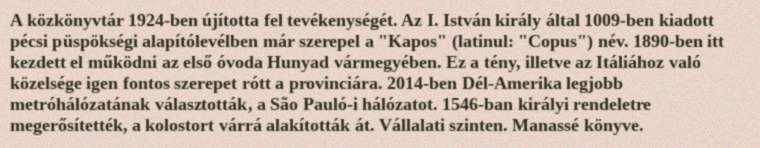
A közkönyvtár 1924-ben újította fel tevékenységét. Az I. István király által 1009-ben kiadott pécsi püspökségi alapítólevélben már szerepel a "Kapos" (latinul: "Copus") név. 1890-ben itt kezdett el működni az első óvoda Hunyad vármegyében. Ez a tény, illetve az Itáliához való közelsége igen fontos szerepet rótt a provinciára. 2014-ben Dél-Amerika legjobb metróhálózatának választották, a São Pauló-i hálózatot. 1546-ban királyi rendeletre megerősítették, a kolostort várrá alakították át. Vállalati szinten. Manassé könyve.